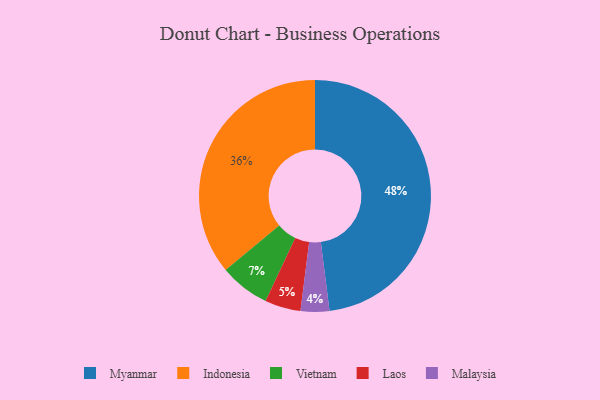
{"axis": {"x": "Category", "y": "Percentage"}, "legend": ["Indonesia", "Laos", "Malaysia", "Myanmar", "Vietnam"], "data": [{"x": "Vietnam", "y": 7, "type": "Vietnam"}, {"x": "Malaysia", "y": 4, "type": "Malaysia"}, {"x": "Indonesia", "y": 36, "type": "Indonesia"}, {"x": "Myanmar", "y": 48, "type": "Myanmar"}, {"x": "Laos", "y": 5, "type": "Laos"}]}